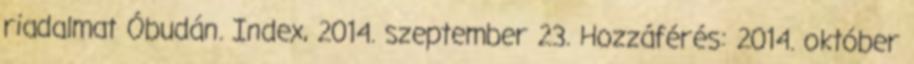
riadalmat Óbudán. Index, 2014. szeptember 23. Hozzáférés: 2014. október